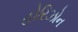
હોરિઝોન